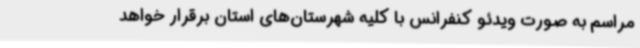
مراسم به صورت ویدئو کنفرانس با کلیه شهرستان‌های استان برقرار خواهد